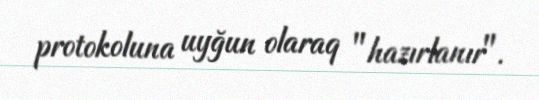
protokoluna uyğun olaraq "hazırlanır".